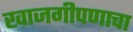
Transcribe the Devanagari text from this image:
खाजगीपणाचा